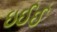
ઇઈઈ